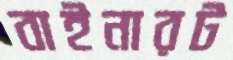
বাইনারট